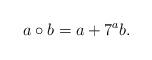
LaTeX: \begin{align*}a\circ b=a+7^ab.\end{align*}